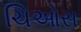
ચિઓસ